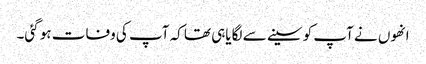
انھوں نے آپ کو سینے سے لگایاہی تھا کہ آپ کی وفات ہو گئی۔